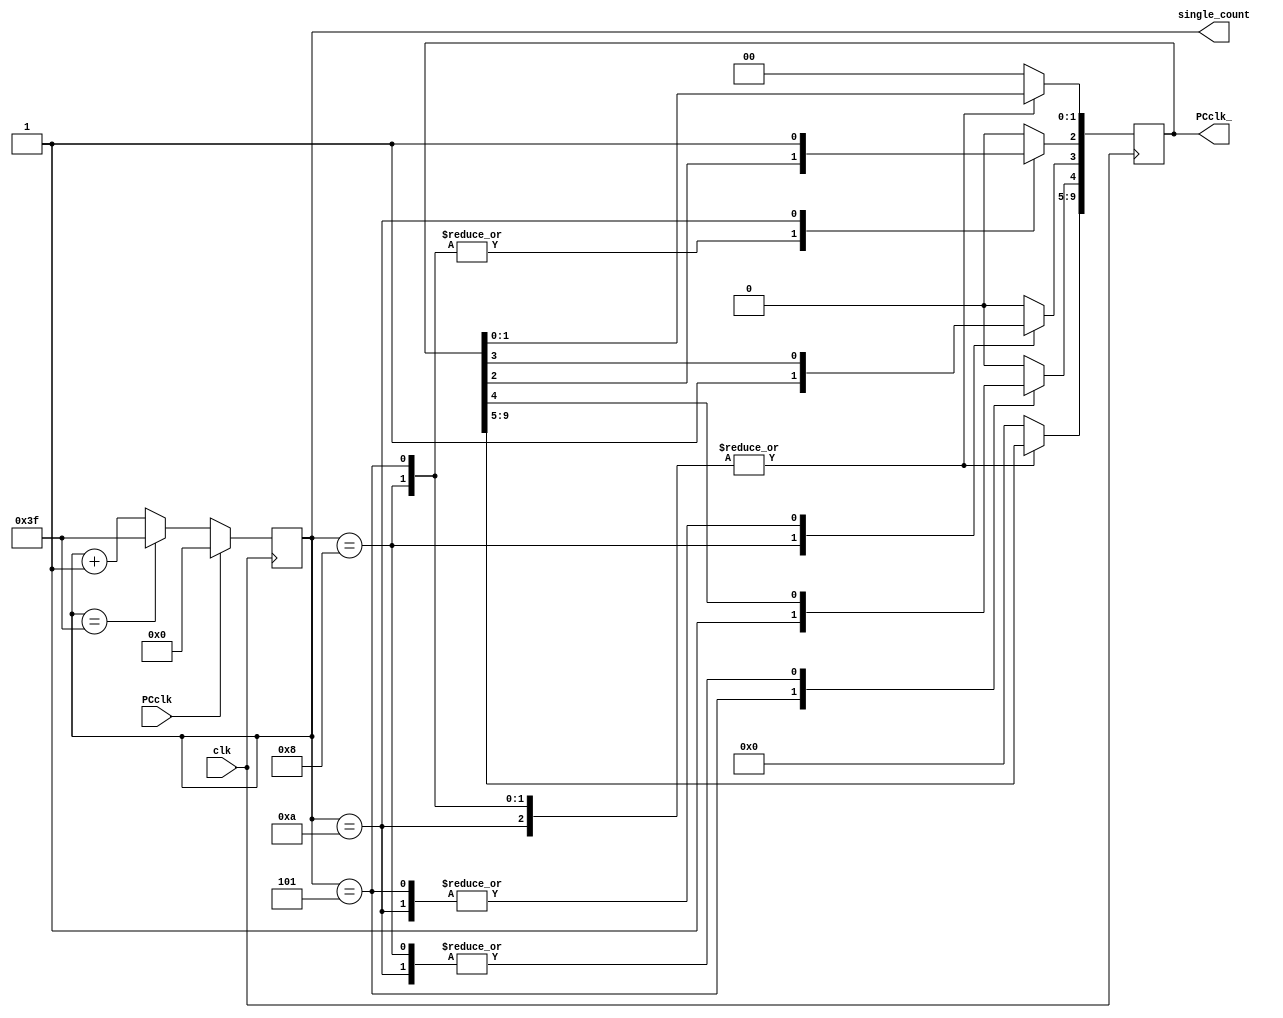
`timescale 1ns / 1ps
//////////////////////////////////////////////////////////////////////////////////
// Company: 
// Engineer: 
// 
// Design Name: 
// Module Name:    delay 
// Project Name: 
// Target Devices: 
// Tool versions: 
// Description: 
//
// Dependencies: 
//
// Revision: 
// Revision 0.01 - File Created
// Additional Comments: 
//
//////////////////////////////////////////////////////////////////////////////////
module delay(PCclk,clk,PCclk_,single_count);
	 
input PCclk;
input clk;
output [9:0] PCclk_;
output [5:0] single_count;

	reg [9:0] PCclk_;	 
	reg [5:0] single_count;

	initial PCclk_ = 0;
	initial single_count = 0;

	always@(posedge clk)begin
		if(PCclk)
			single_count <= 0;
		else if(single_count == 6'b111111)
			single_count <= 6'b111111;
		else
			single_count <= single_count + 1;
	end
	
	always@(posedge clk)begin
		case(single_count)
		//	5: PCclk_[0] <= 1;
		//	10: PCclk_[1] <= 1;
			8: PCclk_[3] <= 1;//
			5: PCclk_[4] <= 1;//
			10: PCclk_[2] <= 1;//
			default:PCclk_ <= 10'd0;
		endcase
	end
endmodule